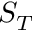
S _ { T }